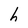
Character: h